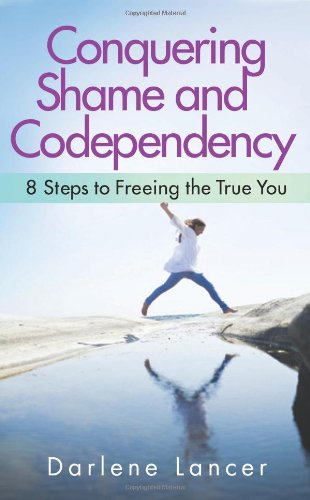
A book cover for Conquering Shame and Codependency: 8 Steps to Freeing the True You; Darlene Lancer; Self-Help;